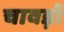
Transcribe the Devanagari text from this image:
चावड़ों